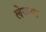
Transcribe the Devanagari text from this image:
लेजगा